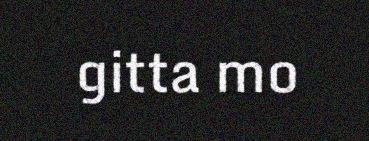
gitta mo